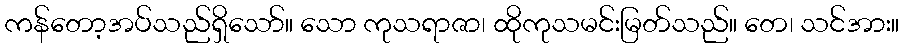
ကန်တော့အပ်သည်ရှိသော်။ သော ကုသရာဇာ၊ ထိုကုသမင်းမြတ်သည်။ တေ၊ သင်အား။